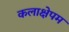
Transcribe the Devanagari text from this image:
कलाक्षेपम